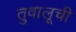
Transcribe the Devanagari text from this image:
तुवालूची